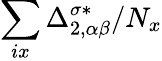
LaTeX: \sum_{ix}\Delta_{2,\alpha\beta}^{\sigma*}/N_{x}